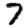
Digit: 7